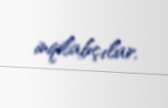
inqilabçılar.